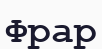
Фрар